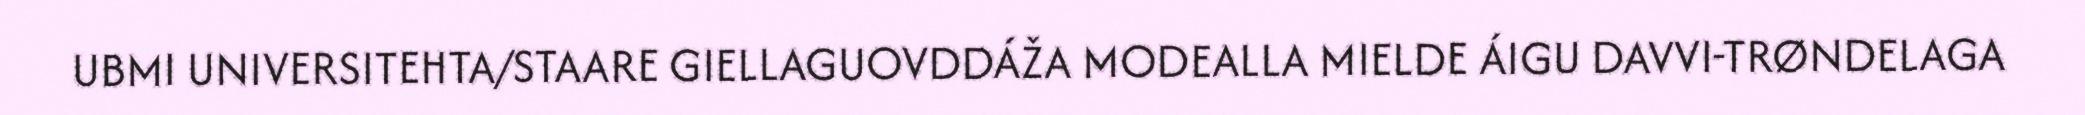
UBMI UNIVERSITEHTA/STAARE GIELLAGUOVDDÁŽA MODEALLA MIELDE ÁIGU DAVVI-TRØNDELAGA